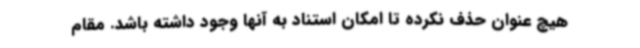
هیچ عنوان حذف نکرده تا امکان استناد به آنها وجود داشته باشد. مقام